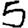
Digit: 5